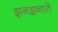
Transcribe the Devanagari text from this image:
झनझनाते